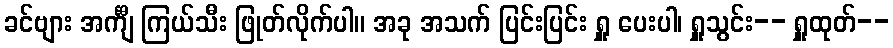
ခင်ဗျား အင်္ကျီ ကြယ်သီး ဖြုတ်လိုက်ပါ။ အခု အသက် ပြင်းပြင်း ရှူ ပေးပါ၊ ရှူသွင်း-- ရှူထုတ်--